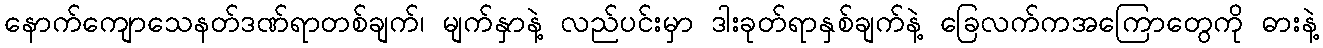
နောက်ကျောသေနတ်ဒဏ်ရာတစ်ချက်၊ မျက်နှာနဲ့ လည်ပင်းမှာ ဒါးခုတ်ရာနှစ်ချက်နဲ့ ခြေလက်ကအကြောတွေကို ဓားနဲ့